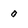
Character: 0